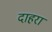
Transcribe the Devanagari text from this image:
दाहरा